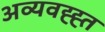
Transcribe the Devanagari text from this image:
अव्यवह्ह्त